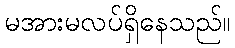
မအားမလပ်ရှိနေသည်။